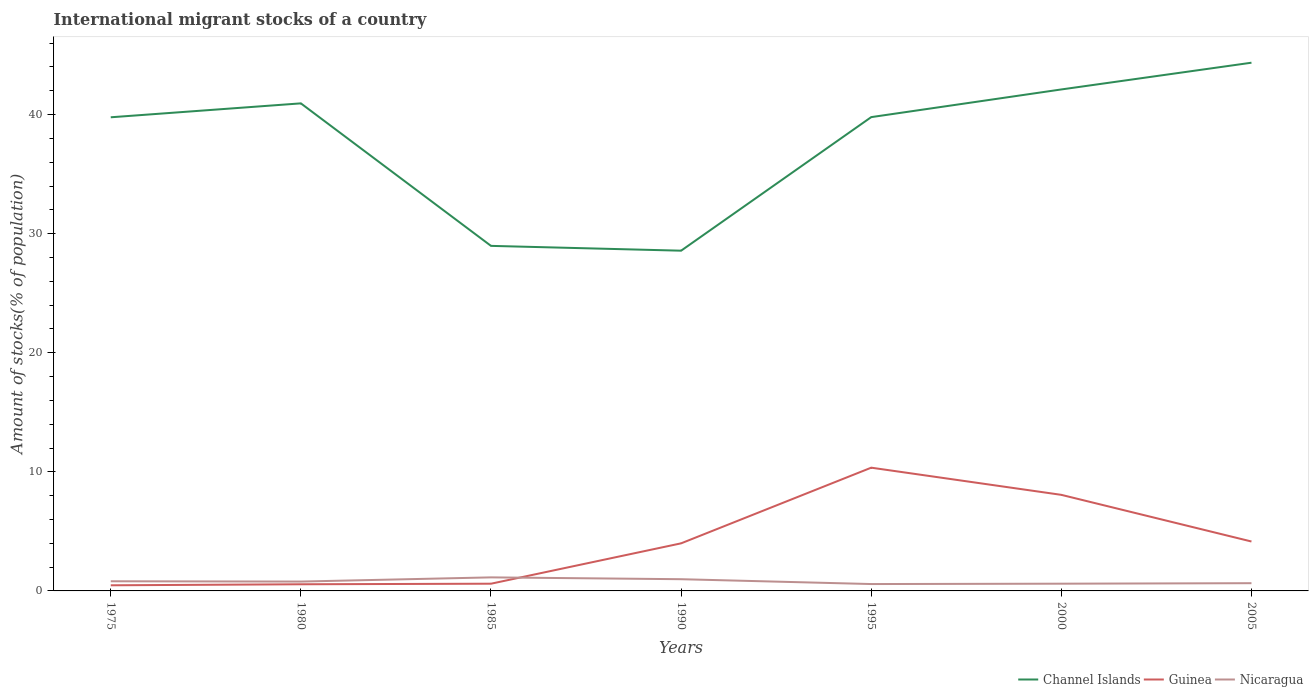
| Years | Channel Islands | Guinea | Nicaragua |
 | --- | --- | --- | --- |
 | 1975 | 39.8 | 0.473 | 0.811 |
 | 1980 | 40.9 | 0.559 | 0.786 |
 | 1985 | 29 | 0.606 | 1.14 |
 | 1990 | 28.6 | 4 | 0.984 |
 | 1995 | 39.8 | 10.3 | 0.577 |
 | 2000 | 42.1 | 8.07 | 0.608 |
 | 2005 | 44.4 | 4.15 | 0.65 |